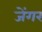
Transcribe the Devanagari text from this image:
जेंगर